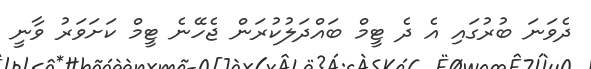
ދެވަނަ ބުރުގައި އެ ދެ ޓީމް ބައްދަލުކުރަން ޖެހޭނެ ޓީމް ކަށަވަރު ވާނީ